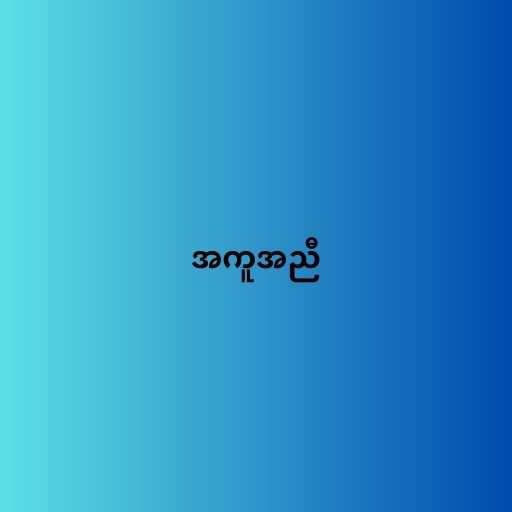
အကူအညီ